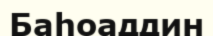
Баһоаддин